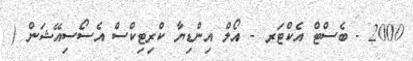
2000 - ބެސްޓް އެކްޓަރ - އޯލް އިންޑިޔާ ކްރިޓިކްސް އެސޯސިއޭޝަން (